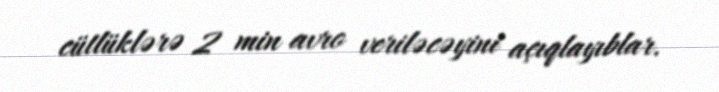
cütlüklərə 2 min avro veriləcəyini açıqlayıblar.